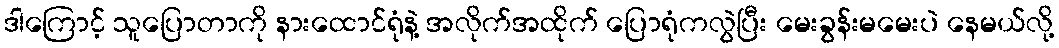
ဒါကြောင့် သူပြောတာကို နားထောင်ရုံနဲ့ အလိုက်အထိုက် ပြောရုံကလွဲပြီး မေးခွန်းမမေးပဲ နေမယ်လို့